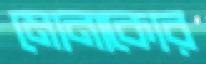
মোনাকোর